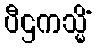
ပီဌကသ္မိံ